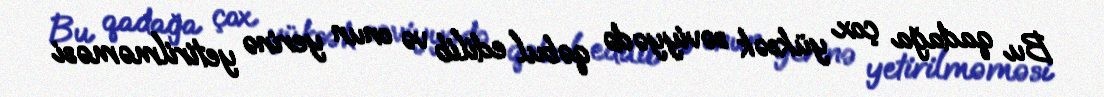
Bu qadağa çox yüksək səviyyədə qəbul edilib və onun yerinə yetirilməməsi